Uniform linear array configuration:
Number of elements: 64
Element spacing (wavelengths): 0.25
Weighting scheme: hann
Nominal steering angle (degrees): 0
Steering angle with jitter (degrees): -0.6816
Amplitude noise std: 0.05
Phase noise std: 0.05

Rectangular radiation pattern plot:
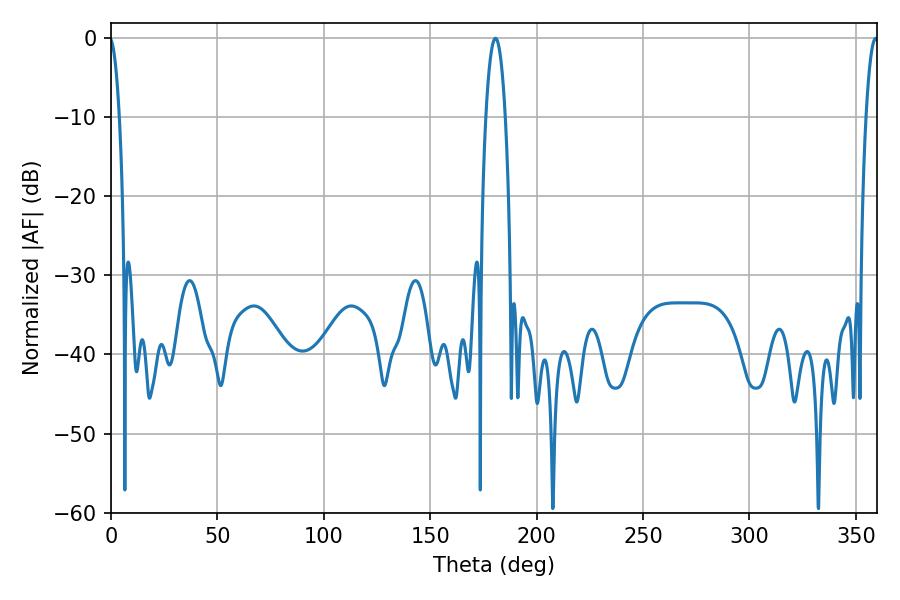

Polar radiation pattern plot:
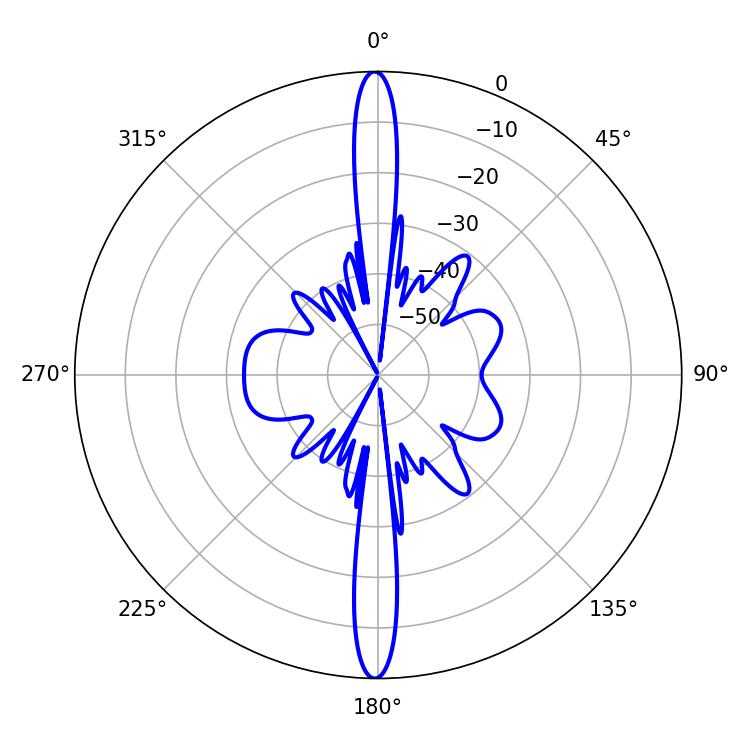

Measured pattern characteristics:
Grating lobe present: FALSE
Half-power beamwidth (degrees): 5.04
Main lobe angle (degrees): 180.72